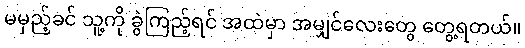
မမှည့်ခင် သူ့ကို ခွဲကြည့်ရင် အထဲမှာ အမျှင်လေးတွေ တွေ့ရတယ်။